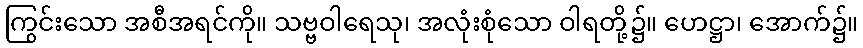
ကြွင်းသော အစီအရင်ကို။ သဗ္ဗဝါရေသု၊ အလုံးစုံသော ဝါရတို့၌။ ဟေဋ္ဌာ၊ အောက်၌။